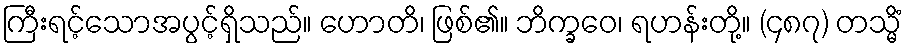
ကြီးရင့်သောအပွင့်ရှိသည်။ ဟောတိ၊ ဖြစ်၏။ ဘိက္ခဝေ၊ ရဟန်းတို့။ (၄၈၇) တသ္မိံ